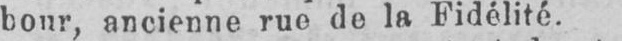
bour, ancienne rue do la Fidélité.